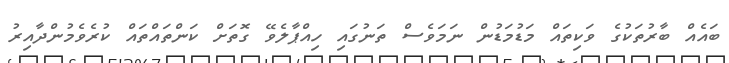
ބައެއް ބާރުތަކުގެ ވަކިތައް މަޑުމަޑުން ނަމަވެސް ތަނުގައި ހިއްޕާލެވޭ ގޮތަށް ކަންތައްތައް ކުރެވެމުންދާއިރު